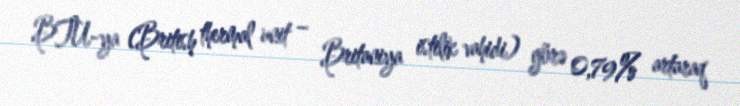
BTU-ya (British thermal unit – Britaniya istilik vahidi) görə 0,79% artaraq